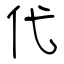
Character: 代